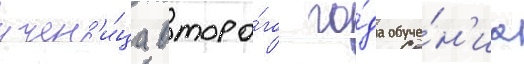
учен'и́ца второ́го го́да обуче́н'иа